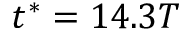
t ^ { * } = 1 4 . 3 T